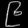
Digit: ၉